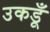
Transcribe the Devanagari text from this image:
उकडूँ